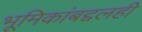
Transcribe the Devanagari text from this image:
भूमिकांबद्दलही